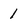
Character: 1